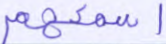
أسمعهم